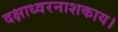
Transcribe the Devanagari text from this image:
दक्षाध्वरनाशकाय।